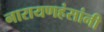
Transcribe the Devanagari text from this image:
नारायणहंसांनी